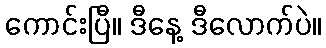
ကောင်းပြီ။ ဒီနေ့ ဒီလောက်ပဲ။